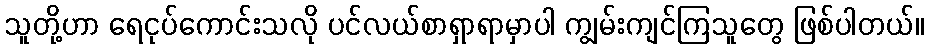
သူတို့ဟာ ရေငုပ်ကောင်းသလို ပင်လယ်စာရှာရာမှာပါ ကျွမ်းကျင်ကြသူတွေ ဖြစ်ပါတယ်။